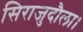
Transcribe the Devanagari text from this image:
सिराजुदौला।